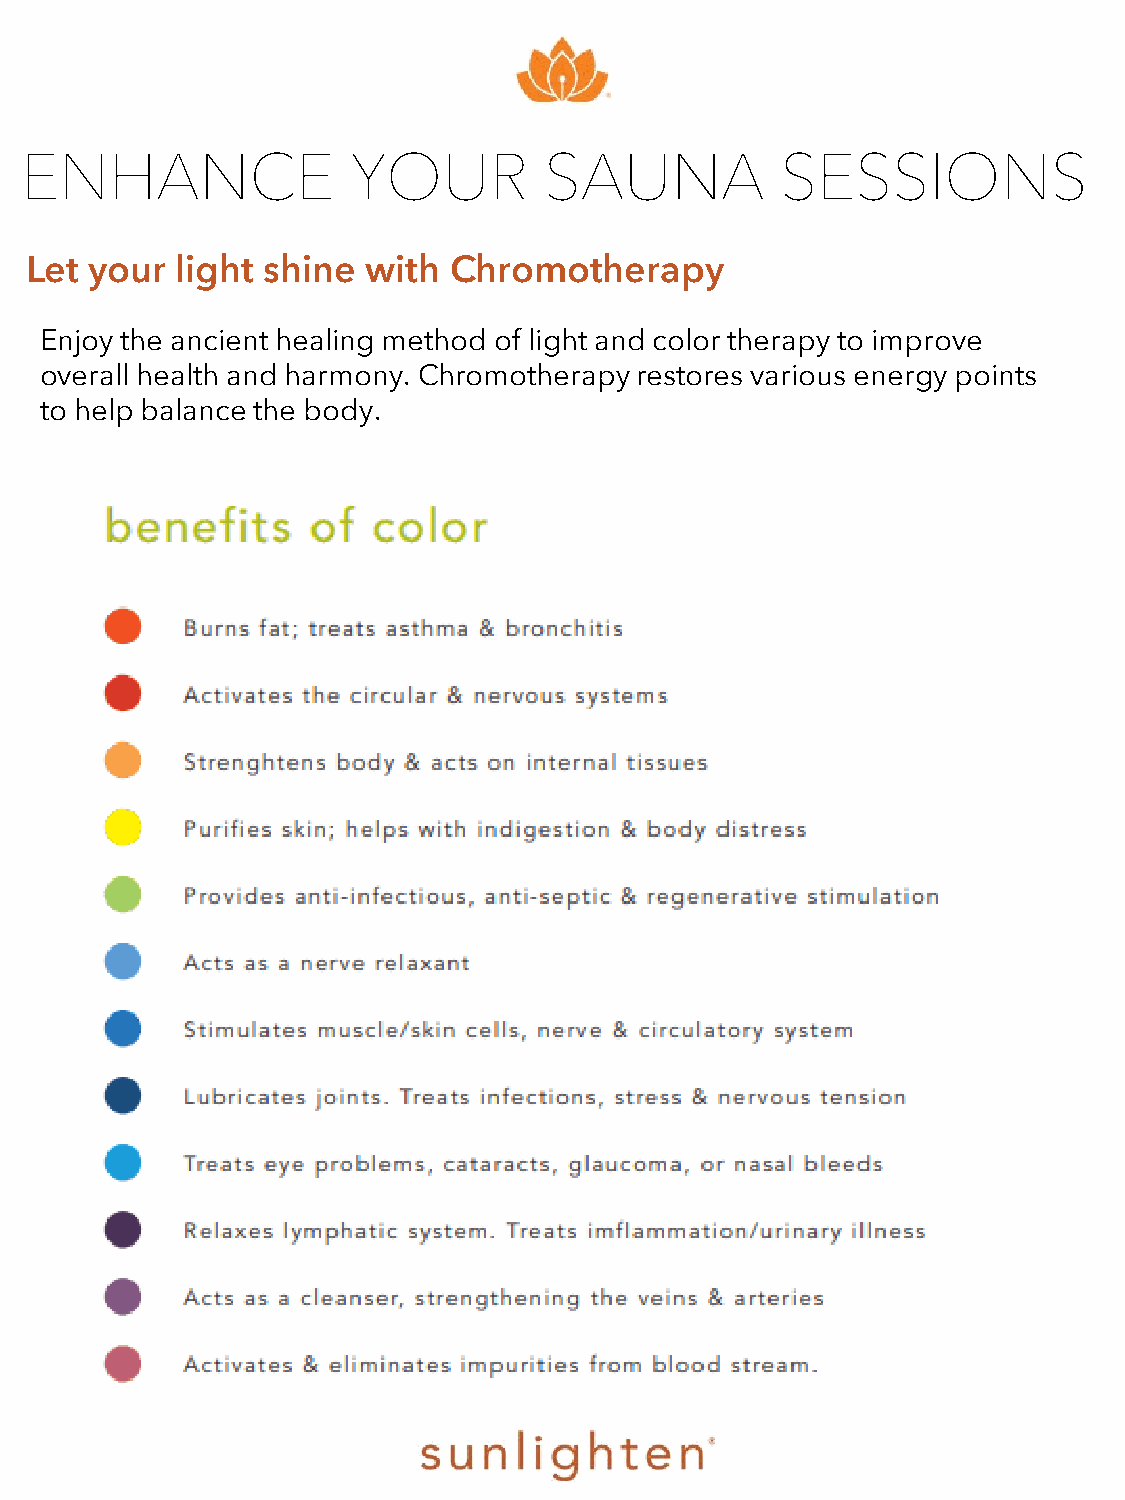
ENHANCE               YOUR         SAUNA           SESSIONS
 Let your  light shine with  Chromotherapy
 Enjoy the ancient healing method of light and color therapy to improve
 overall health and harmony. Chromotherapy restores various energy points
 to help balance the body.